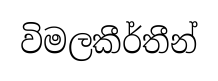
විමලකීර්තීන්